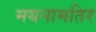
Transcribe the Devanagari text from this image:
मयनामतिर